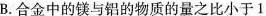
B.合金中的镁与铝的物质的量之比小于1